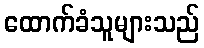
ထောက်ခံသူများသည်